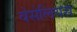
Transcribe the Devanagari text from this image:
वेसेलियस